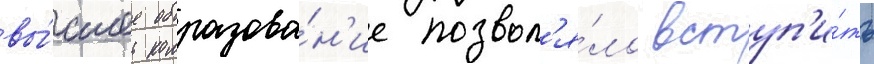
вы́сшее образова́н'ие позвол'я́ло вступ'и́ть